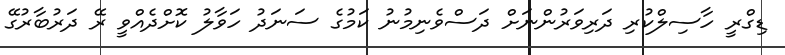
ޑިގްރީ ހާސިލްކުރި ދަރިވަރުންނަށް ދަސްވެނިމުނު ކަމުގެ ސަނަދު ހަވާލު ކޮށްދެއްވީ ރޭ ދަރުބާރުގޭ